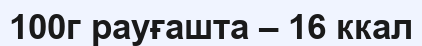
100г рауғашта – 16 ккал